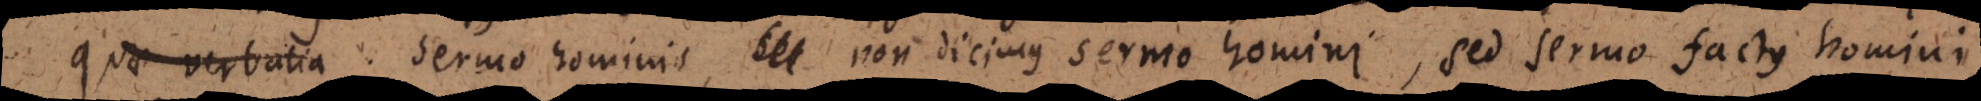
quae verbalia sermo hominis, non dicimus sermo homini, sed sermo factus homini.